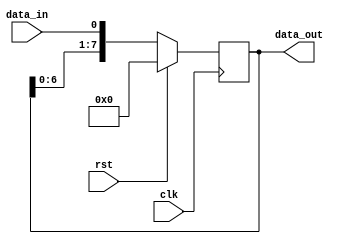
module SIPO_shift_register(input data_in, input clk, input rst, output [7:0] data_out);

   reg [7:0] register;

   always @(posedge clk) begin
      if (rst) begin
         register <= 8'h00;
      end else begin
         register <= {register[6:0], data_in};
      end
   end

   assign data_out = register;
   
endmodule